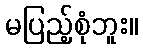
မပြည့်စုံဘူး။